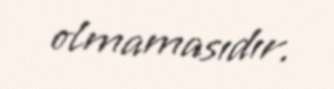
olmamasıdır.